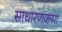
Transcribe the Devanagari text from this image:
साधारणजन्मा